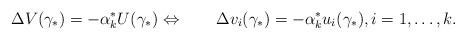
LaTeX: \begin{align*}\Delta {V }({\gamma _*}) = - {\alpha_k^*}U({\gamma _*})\Leftrightarrow \qquad\Delta {v_i}({\gamma _*})=- {\alpha_k^*}{u_i}({\gamma _*}),i=1,\ldots,k.\end{align*}